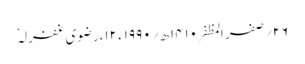
۲۶؍صفر المظفر ۱۴۱۰ھ؍ ۱۹۹۰ء ۱۲،رضوی غفرلہٗ